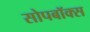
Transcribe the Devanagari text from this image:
सोपबॉक्स